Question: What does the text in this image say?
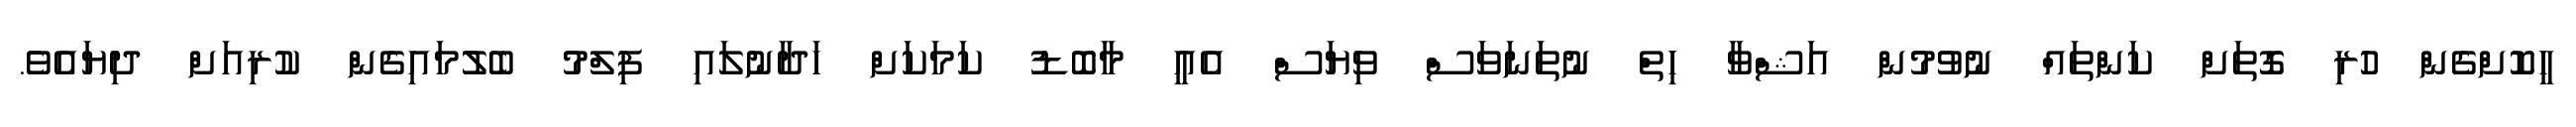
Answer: ހީކޮށްގެން ހުރި ގޮތަށް ކަންތައް ނުވުމުން އަޝްވާ ހިތް ނުތަނަވަސް ވިޔަސް އެއީ މާބޮޑު ކަމަކަށް ހަދާނުލައި ފިލްމު ބެލުމައިގެން ކުރިއަށް ދިޔައެވެ.